Lunatic asylums Madras 1877-1891 - 1877-1891
Year: 1877
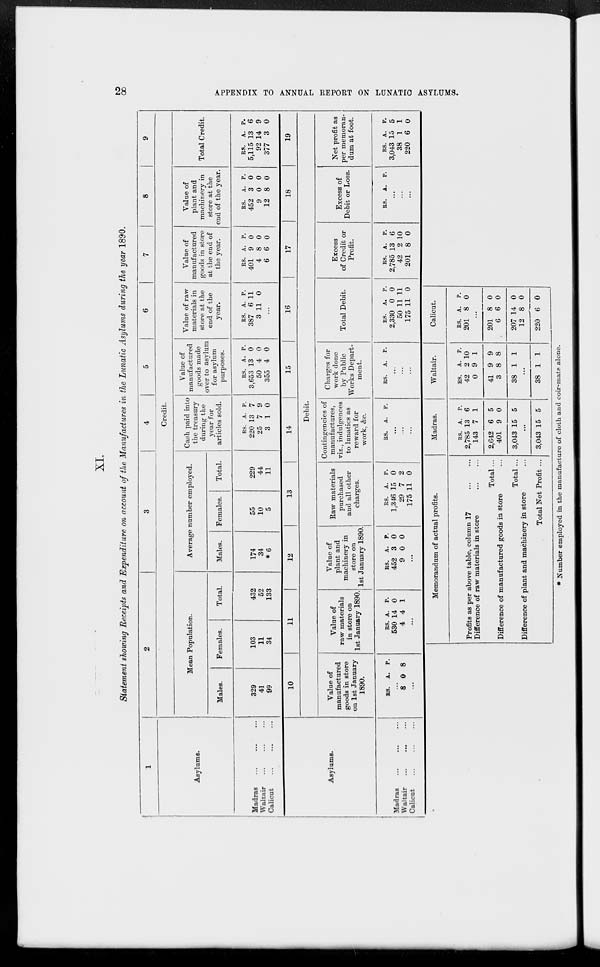
28 APPENDIX TO ANNUAL REPORT ON LUNATIC ASYLUMS.
XI.
Statement showing Receipts and Expenditure on account of the Manufactures in the Lunatic Asylums during the year 1890.
1
Asylums.
Madras ... ... ...
Waltair ... ... ...
Calicut
...
...
...
2
3
4
5
6
7
8
9
Credit.
Mean Population.
Males.
329
41
99
Females.
103
11
34
Total.
432
52
133
Average number employed.
Males.
174
34
*6
Females.
55
10
5
Total.
229
44
11
Cash paid into
the treasury
during the
year for
articles sold.
RS.
220
25
3
A.
13
7
1
P.
7
9
0
Value of
manufactured
goods made
over to asylum
for asylum
purposes.
RS.
3,653
50
355
A.
13
4
4
P.
0
0
0
Value of raw
materials in
store at the
end of the
year.
RS.
387
3
A.
6
11
P.
11
0
...
Value of
manufactured
goods in store
at the end of
the year.
RS.
401
4
6
A.
9
8
6
P.
0
0
0
Value of
plant and
machinery in
store at the
end of the year.
RS.
452
9
12
A.
3
0
8
P.
0
0
0
Total Credit.
RS.
5,115
92
377
A.
13
14
3
P.
6
9
0
Asylums.
Madras ... ... ...
Waltair ... ... ...
Calicut
...
...
...
10
11
12
13
14
15
16
17
18
19
Debit.
Value of
manufactured
goods in store
on 1st January
1890.
RS.
A. P.
...
8 0 8
...
Value of
raw materials
in store on
1st January 1890.
RS.
530
4
A.
14
4
P.
0
1
...
Value of
plant and
machinery in
store on
1st January 1890.
RS.
452
9
A.
3
0
P.
0
0
...
Raw materials
purchased
and all other
charges.
RS.
1,346
29
175
A.
15
7
11
P.
0
2
0
Contingencies of
manufactures,
viz., indulgences
to lunatics as
reward for
work, &c.
RS.
A. P.
...
...
...
Charges for
work done
by Public
Works Depart-
ment.
RS.
A. P.
...
...
...
Total Debit.
RS.
2,330
50
175
A.
0
11
11
P.
0
11
0
Excess
of Credit or
Profit.
RS.
2,785
42
201
A.
13
2
8
P.
6
10
0
Excess of
Debit or Loss.
RS. A. P.
...
...
...
Net profit as
per memoran-
dum at foot.
RS.
3,043
38
220
A.
15
1
6
P.
5
1
0
Memorandum of actual profits.
Profits as per above table, column 17
...
...
Difference of raw materials in store ... ...
Total ...
Difference of manufactured goods in store ...
Total ...
Difference of plant and machinery in store
Total Net Profit ...
Madras.
RS.
2,785
143
2,642
401
3,043
A.
13
7
6
9
15
P.
6
1
5
0
5
...
3,043 15 5
Waltair.
RS.
42
0
41
3
38
A.
2
9
9
8
1
P.
10
1
9
8
1
...
38 1 1
Calicut.
RS.
201
A.
8
P.
0
...
201
6
207
12
220
8
6
14
8
6
0
0
0
0
0
* Number employed in the manufacture of cloth and coir-mats alone.